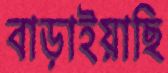
বাড়াইয়াছি